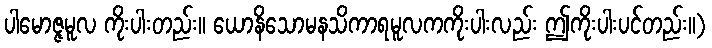
ပါမောဇ္ဇမူလ ကိုးပါးတည်း။ ယောနိသောမနသိကာရမူလကကိုးပါးလည်း ဤကိုးပါးပင်တည်း။)